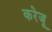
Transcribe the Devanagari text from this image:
करेजू